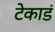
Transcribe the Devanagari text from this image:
टेकाडं